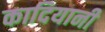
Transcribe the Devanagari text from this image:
कादियानी